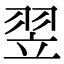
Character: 翌